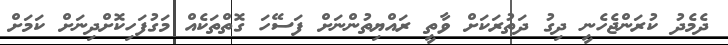
ދެމެދު ކުރަންޖެހެނީ ދިގު ދަތުރަކަށް ވާތީ ރައްޔިތުންނަށް ފަސޭހަ ގޮތްތަކެއް މަގުފަހިކޮށްދިނަށް ކަަމަށް